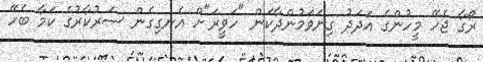
ރޯގާ ޖެހޭ މީހުންގެ އަދަދު ގިނަވަމުންދާކަން "ހަވީރަ"ށް އެނގިގެން ސަރުކާރުގެ ކަމާ ބެހޭ